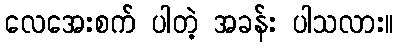
လေအေးစက် ပါတဲ့ အခန်း ပါသလား။